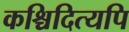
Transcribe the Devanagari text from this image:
कश्चिदित्यपि